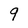
Character: 9